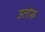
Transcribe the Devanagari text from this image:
उतांरू